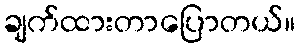
ချက်ထားတာပြောတယ်။